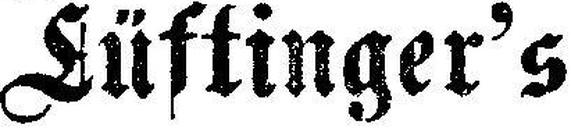
Lüftinger's